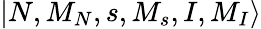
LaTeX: {|N,M_{N},s,M_{s},I,M_{I}\rangle}